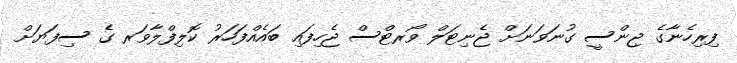
ފިރިހެނާގެ ޖިންސީ ގުނަވަނަށް ޖެނިޓަލް ވޯރޓްސް ޖެހިފައި ބައެއްފަހަރު ކޮލިފްލާވަރ ގެ ސިފަޔަށް